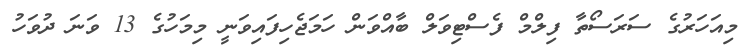
މިއަހަރުގެ ސަރަސޯތާ ފިލްމް ފެސްޓިވަލް ބާއްވަން ހަމަޖެހިފައިވަނީ މިމަހުގެ 13 ވަނަ ދުވަހު